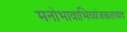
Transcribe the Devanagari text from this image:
मनोभावाभिव्यंजकतावाद